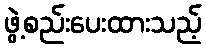
ဖွဲ့စည်းပေးထားသည့်